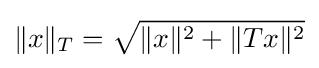
\|x\|_{T}={\sqrt {\|x\|^{2}+\|Tx\|^{2}}}